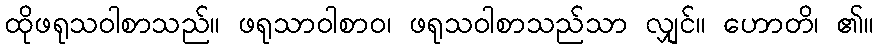
ထိုဖရုသဝါစာသည်။ ဖရုသာဝါစာဝ၊ ဖရုသဝါစာသည်သာ လျှင်။ ဟောတိ၊ ၏။